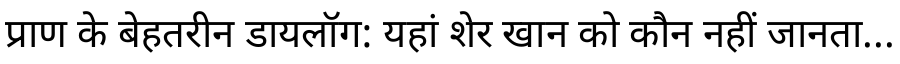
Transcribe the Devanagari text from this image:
प्राण के बेहतरीन डायलॉग: यहां शेर खान को कौन नहीं जानता...